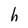
Character: h